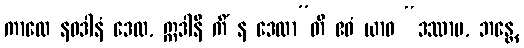
ကာလေ နဝဒါနံ ဒေထ, ဣဒါနိ ကိံ န ဒေထာ”တိ ဧဝံ ယာဝ “ဒဿာမ, ဘန္တေ,